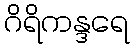
ဂိရိကန္ဒရေ